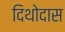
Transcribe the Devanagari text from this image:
दिथोदास